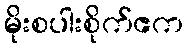
မိုးစပါးစိုက်ဧက